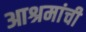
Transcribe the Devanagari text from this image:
आश्रमांची